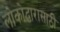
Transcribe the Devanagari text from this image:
लोकोद्धारासाठी